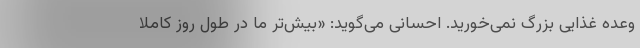
وعده غذایی بزرگ نمی‌خورید. احسانی می‌گوید: «بیش‌تر ما در طول روز کاملا